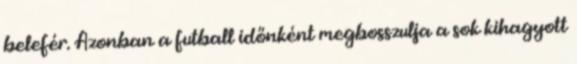
belefér. Azonban a futball időnként megbosszulja a sok kihagyott